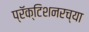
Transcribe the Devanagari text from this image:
प्रॅक्टिशनरच्या